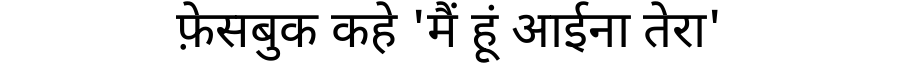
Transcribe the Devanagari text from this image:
फ़ेसबुक कहे 'मैं हूं आईना तेरा'